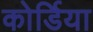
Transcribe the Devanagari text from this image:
कोर्डिया